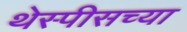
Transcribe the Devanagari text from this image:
थेस्पीसच्या